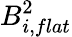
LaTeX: B_{i,flat}^{2}